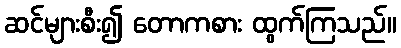
ဆင်များစီး၍ တောကစား ထွက်ကြသည်။